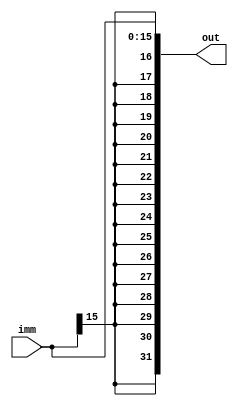
module immSignExtend(out, imm);
	input [15:0] imm;
	output [31:0] out;
	
	buf (out[31], imm[15]);
	buf (out[30], imm[15]);
	buf (out[29], imm[15]);
	buf (out[28], imm[15]);
	buf (out[27], imm[15]);
	buf (out[26], imm[15]);
	buf (out[25], imm[15]);
	buf (out[24], imm[15]);
	buf (out[23], imm[15]);
	buf (out[22], imm[15]);
	buf (out[21], imm[15]);
	buf (out[20], imm[15]);
	buf (out[19], imm[15]);
	buf (out[18], imm[15]);
	buf (out[17], imm[15]);
	buf (out[16], imm[15]);
	buf (out[15], imm[15]);
	buf (out[14], imm[14]);
	buf (out[13], imm[13]);
	buf (out[12], imm[12]);
	buf (out[11], imm[11]);
	buf (out[10], imm[10]);
	buf (out[9], imm[9]);
	buf (out[8], imm[8]);
	buf (out[7], imm[7]);
	buf (out[6], imm[6]);
	buf (out[5], imm[5]);
	buf (out[4], imm[4]);
	buf (out[3], imm[3]);
	buf (out[2], imm[2]);
	buf (out[1], imm[1]);
	buf (out[0], imm[0]);
	
endmodule